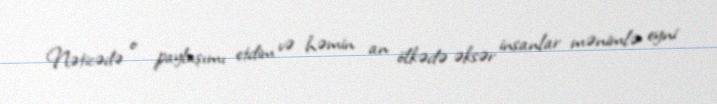
Nəticədə o paylaşımı etdim və həmin an ölkədə əksər insanlar mənimlə eyni